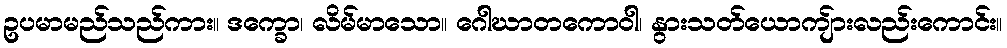
ဥပမာမည်သည်ကား။ ဒက္ခော၊ လိမ်မာသော။ ဂေါဃာတကောဝါ၊ နွားသတ်ယောကျ်ားလည်းကောင်း။